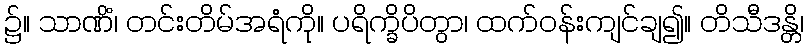
၌။ သာဏိံ၊ တင်းတိမ်အရံကို။ ပရိက္ခိပိတွာ၊ ထက်ဝန်းကျင်ချ၍။ တိသီဒန္တိ၊